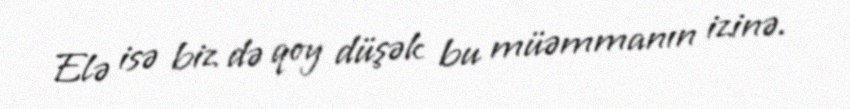
Elə isə biz də qoy düşək bu müəmmanın izinə.